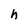
Character: h